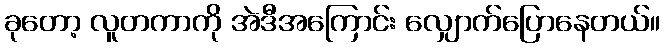
ခုတော့ လူတကာကို အဲဒီအကြောင်း လျှောက်ပြောနေတယ်။